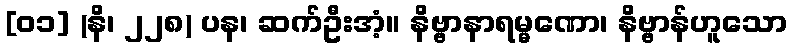
[၀၁] (နိ၊ ၂၂၈) ပန၊ ဆက်ဦးအံ့။ နိဗ္ဗာနာရမ္မဏော၊ နိဗ္ဗာန်ဟူသော